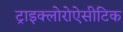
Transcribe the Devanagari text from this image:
ट्राइक्लोरोऐसीटिक